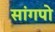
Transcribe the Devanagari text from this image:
सांगपो